Annual administration report of the Civil Veterinary Department of India - 1903-1904
Year: 1903
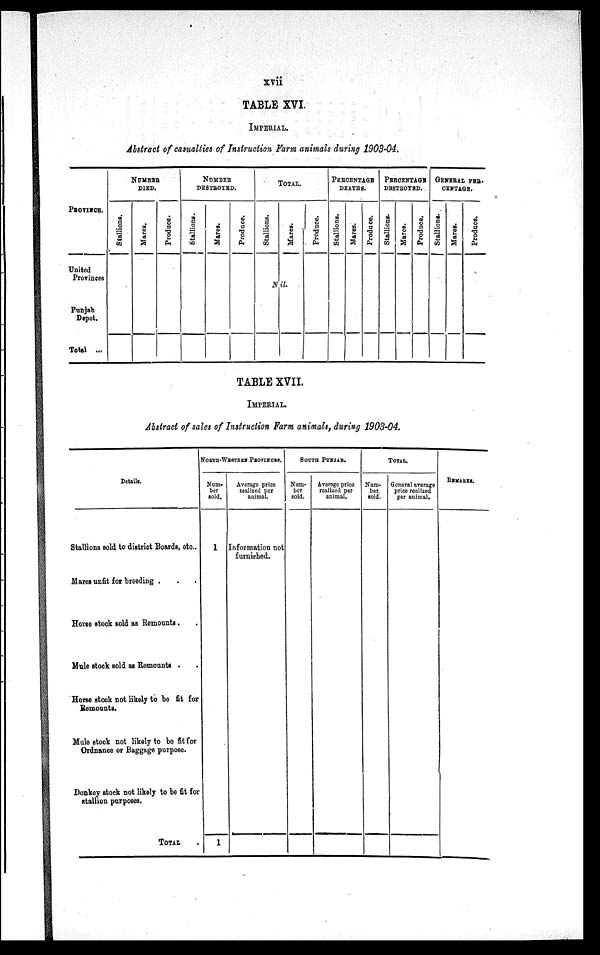
xvii
TABLE XVI.
IMPERIAL.
Abstract of casualties of Instruction Farm animals during 1903-04.
PROVINCE.
United
Provinces
Punjab
Depot.
Total ...
NUMBER
DIED.
Stallions.
Mares.
Produce.
NUMBER
DESTROYED.
Stallions.
Mares.
Produce.
TOTAL.
Stallions.
Mares.
Nil.
Produce.
PERCENTAGE
DEATHS.
Stallions.
Mares.
Produce.
PERCENTAGE
DESTROYED.
Stallions.
Mares.
Produce.
GENERAL PER¬
CENTAGE.
Stallions.
Mares.
Produce.
TABLE XVII.
IMPERIAL.
Abstract of sales of Instruction Farm animals, during 1903-04.
Details.
Stallions sold to district Boards, etc..
Mares unfit for breeding . . .
Horse stock sold as Remounts . .
Mule stock sold as Remounts . .
Horse stock not likely to be fit for
Remounts.
Mule stock not likely to be fit for
Ordnance or Baggage purpose.
Donkey stock not likely to be fit for
stallion purposes.
TOTAL .
NORTH-WESTERN
PROVINCES.
Num¬
ber
sold.
1
1
Average price
realized per
animal.
Information not
furnished.
SOUTH
PUNJAB.
Num-
ber
sold.
Average price
realized per
animal.
TOTAL.
Num-
ber
sold.
General average
price realized
per animal.
REMARKS.